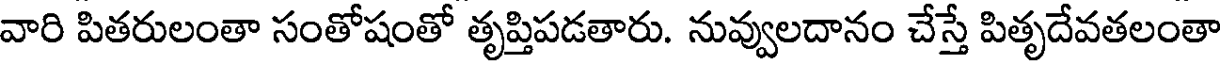
వారి పితరులంతా సంతోషంతో తృప్తిపడతారు. నువ్వులదానం చేస్తే పితృదేవతలంతా